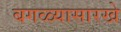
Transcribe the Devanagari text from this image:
बगळ्यासारखे